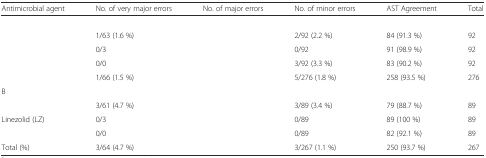
<table><thead><tr><td><b>Antimicrobial agent</b></td><td><b>No. of very major errors</b></td><td><b>No. of major errors</b></td><td><b>No. of minor errors</b></td><td><b>AST Agreement</b></td><td><b>Total</b></td></tr></thead><tbody><tr><td colspan="6">[EMPTY_CELL]</td></tr><tr><td>[EMPTY_CELL]</td><td>1/63 (1.6 %)</td><td>[EMPTY_CELL]</td><td>2/92 (2.2 %)</td><td>84 (91.3 %)</td><td>92</td></tr><tr><td>[EMPTY_CELL]</td><td>0/3</td><td>[EMPTY_CELL]</td><td>0/92</td><td>91 (98.9 %)</td><td>92</td></tr><tr><td>[EMPTY_CELL]</td><td>0/0</td><td>[EMPTY_CELL]</td><td>3/92 (3.3 %)</td><td>83 (90.2 %)</td><td>92</td></tr><tr><td>[EMPTY_CELL]</td><td>1/66 (1.5 %)</td><td>[EMPTY_CELL]</td><td>5/276 (1.8 %)</td><td>258 (93.5 %)</td><td>276</td></tr><tr><td colspan="6">B</td></tr><tr><td>[EMPTY_CELL]</td><td>3/61 (4.7 %)</td><td>[EMPTY_CELL]</td><td>3/89 (3.4 %)</td><td>79 (88.7 %)</td><td>89</td></tr><tr><td>Linezolid (LZ)</td><td>0/3</td><td>[EMPTY_CELL]</td><td>0/89</td><td>89 (100 %)</td><td>89</td></tr><tr><td>[EMPTY_CELL]</td><td>0/0</td><td>[EMPTY_CELL]</td><td>0/89</td><td>82 (92.1 %)</td><td>89</td></tr><tr><td>Total (%)</td><td>3/64 (4.7 %)</td><td>[EMPTY_CELL]</td><td>3/267 (1.1 %)</td><td>250 (93.7 %)</td><td>267</td></tr></tbody></table>